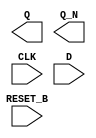
module sky130_fd_sc_hvl__dfrbp (
    Q      ,
    Q_N    ,
    CLK    ,
    D      ,
    RESET_B
);

    output Q      ;
    output Q_N    ;
    input  CLK    ;
    input  D      ;
    input  RESET_B;

    // Voltage supply signals
    supply1 VPWR;
    supply0 VGND;
    supply1 VPB ;
    supply0 VNB ;

endmodule